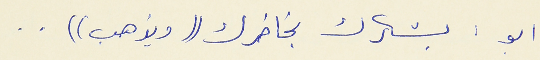
ابو : بشكرك بخاطرك ((ويذهب)) . .